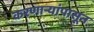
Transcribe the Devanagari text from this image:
करणाऱ्यांपासून